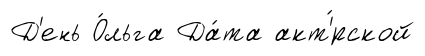
Д'ень О́льга Да́та акт'́рской